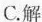
C.解